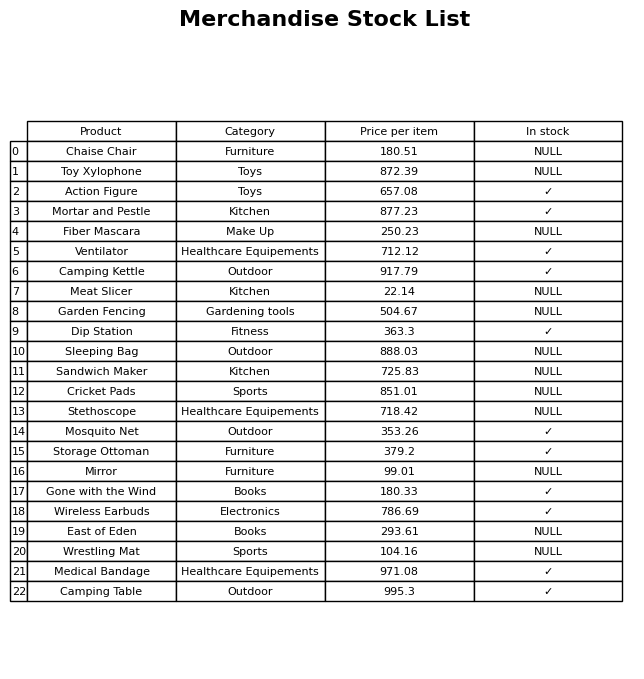
question: What is the price for Mosquito Net?
answer: The price of Mosquito Net is 353.26.